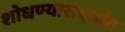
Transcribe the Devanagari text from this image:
शोधण्यासंदर्भात